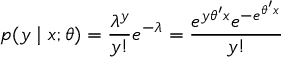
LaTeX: p ( y \mid x ; \theta ) = { \frac { \lambda ^ { y } } { y ! } } e ^ { - \lambda } = { \frac { e ^ { y \theta ^ { \prime } x } e ^ { - e ^ { \theta ^ { \prime } x } } } { y ! } }